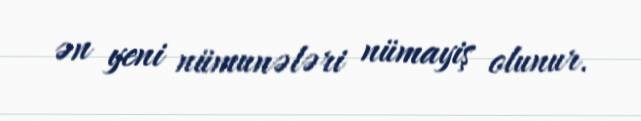
ən yeni nümunələri nümayiş olunur.